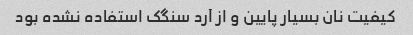
کیفیت نان بسیار پایین و از آرد سنگک استفاده نشده بود